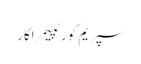
سپریم کورٹپیمراکار